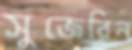
সুজেরিন